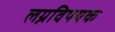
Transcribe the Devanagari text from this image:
लग्नविषयक